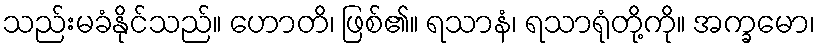
သည်းမခံနိုင်သည်။ ဟောတိ၊ ဖြစ်၏။ ရသာနံ၊ ရသာရုံတို့ကို။ အက္ခမော၊